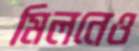
মিলনেও